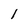
Character: 1